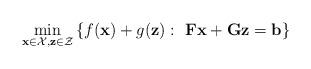
LaTeX: \begin{align*}\min_{\mathbf{x}\in\mathcal{X},\mathbf{z}\in\mathcal{Z}} & \left\{f(\mathbf{x}) + g(\mathbf{z}):~\mathbf{F}\mathbf{x} + \mathbf{G}\mathbf{z}=\mathbf{b}\right\}\end{align*}